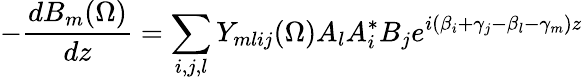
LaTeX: -\frac{dB_{m}(\Omega)}{dz}=\sum_{i,j,l}Y_{mlij}(\Omega)A_{l}A_{i}^{*}B_{j}e^{i(\beta_{i}+\gamma_{j}-\beta_{l}-\gamma_{m})z}